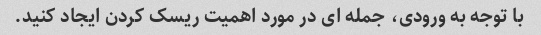
با توجه به ورودی، جمله ای در مورد اهمیت ریسک کردن ایجاد کنید.